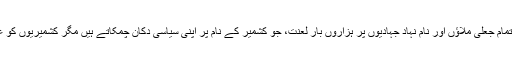
جماعت اسلامی، حزب المجاہدین، جماعت الدعویٰ سمیت دنیا کے تمام جعلی ملاؤں اور نام نہاد جہادیوں پر ہزاروں بار لعنت، جو کشمیر کے نام پر اپنی سیاسی دکان چمکاتے ہیں مگر کشمیریوں کو غلیظ ترین ہندو فوج کے ظلم سے نجات دلانے کی ہمت نہیں پاتے۔